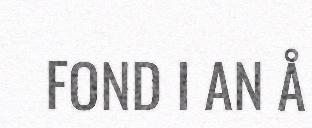
FOND I AN Å